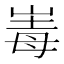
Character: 𡹆